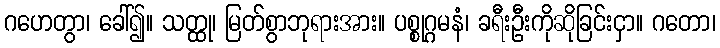
ဂဟေတွာ၊ ခေါ်၍။ သတ္ထု၊ မြတ်စွာဘုရားအား။ ပစ္စုဂ္ဂမနံ၊ ခရီးဦးကိုဆိုခြင်းငှာ။ ဂတော၊